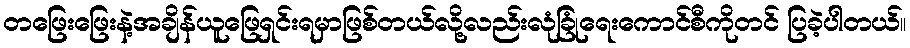
တဖြေးဖြေးနဲ့အချိန်ယူဖြေရှင်းရမှာဖြစ်တယ်လို့လည်းလုံခြုံရေးကောင်စီကိုတင် ပြခဲ့ပါတယ်။